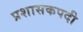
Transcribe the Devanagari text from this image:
प्रशासकपदी